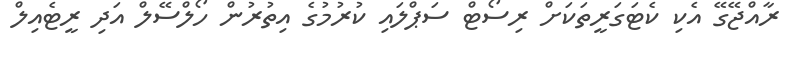
ރާއްޖޭގޭ އެކި ކެޓަގަރީތަކަށް ރިސޯޓް ސަޕްލައި ކުރުމުގެ އިތުރުން ހޯލްސޭލް އަދި ރީޓެއިލް